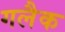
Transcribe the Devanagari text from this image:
गलैक